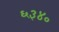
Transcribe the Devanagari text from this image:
६३४०